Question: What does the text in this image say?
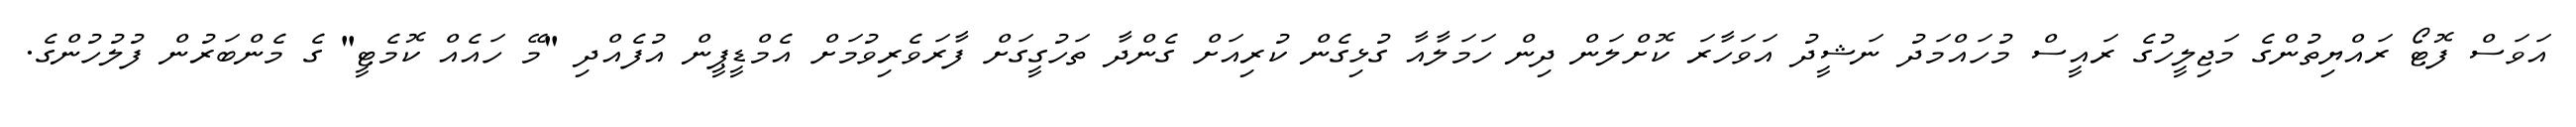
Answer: އަވަސް ފޮޓޯ ރައްޔިތުންގެ މަޖިލީހުގެ ރައީސް މުހައްމަދު ނަޝީދު އަވަހާރަ ކޮށްލަން ދިން ހަމަލާއާ ގުޅިގެން ކުރިއަށް ގެންދާ ތަހުގީގަށް ފާރަވެރިވުމަށް އެމްޑީޕީން އުފެއްދި "މޭ ހައެއް ކޮމެޓީ" ގެ މެންބަރުން ފުލުހުންގެ.